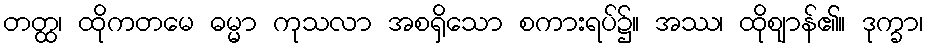
တတ္ထ၊ ထိုကတမေ ဓမ္မာ ကုသလာ အစရှိသော စကားရပ်၌။ အဿ၊ ထိုဈာန်၏။ ဒုက္ခာ၊